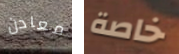
معادن خاصة